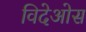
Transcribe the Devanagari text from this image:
विदेओस